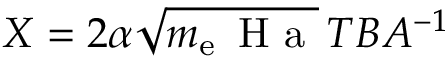
{ X = 2 \alpha \sqrt { m _ { \mathrm { e } } \, \mathrm { ~ H ~ a ~ } } \, T B A ^ { - 1 } }